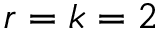
r = k = 2